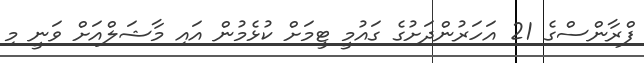
ފްރާންސްގެ 21 އަހަރުންދަށުގެ ގައުމީ ޓީމަށް ކުޅެމުން އައި މާޝަލްއަށް ވަނީ މި